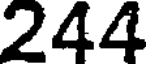
244